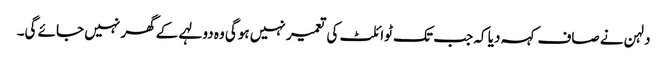
دلہن نے صاف کہہ دیا کہ جب تک ٹوائلٹ کی تعمیر نہیں ہوگی وہ دولہے کے گھر نہیں جائے گی۔